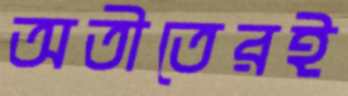
অতীতেরই